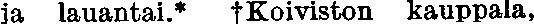
ja lauantai.* ✝Koiviston kauppala,